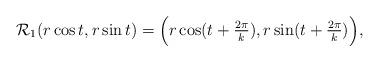
LaTeX: \begin{align*}\mathcal R_1 (r\cos t, r\sin t) = \Big(r\cos (t+\tfrac{2\pi}k), r\sin (t+\tfrac{2\pi}k)\Big),\end{align*}